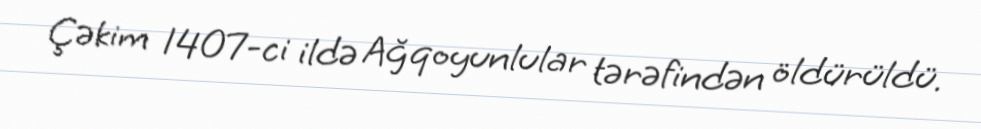
Çəkim 1407-ci ildə Ağqoyunlular tərəfindən öldürüldü.